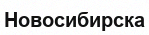
Новосибирска